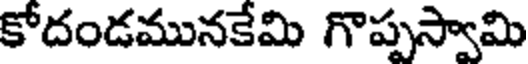
కోదండమునకేమి గొప్పస్వామి